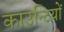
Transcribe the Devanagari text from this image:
काउन्टियों